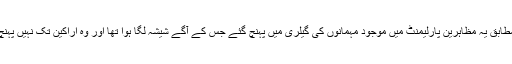
رپورٹ کے مطابق یہ مظاہرین پارلیمنٹ میں موجود مہمانوں کی گیلری میں پہنچ گئے جس کے آگے شیشہ لگا ہوا تھا اور وہ اراکین تک نہیں پہنچ سکتے تھے۔